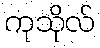
ကုသိုလ်